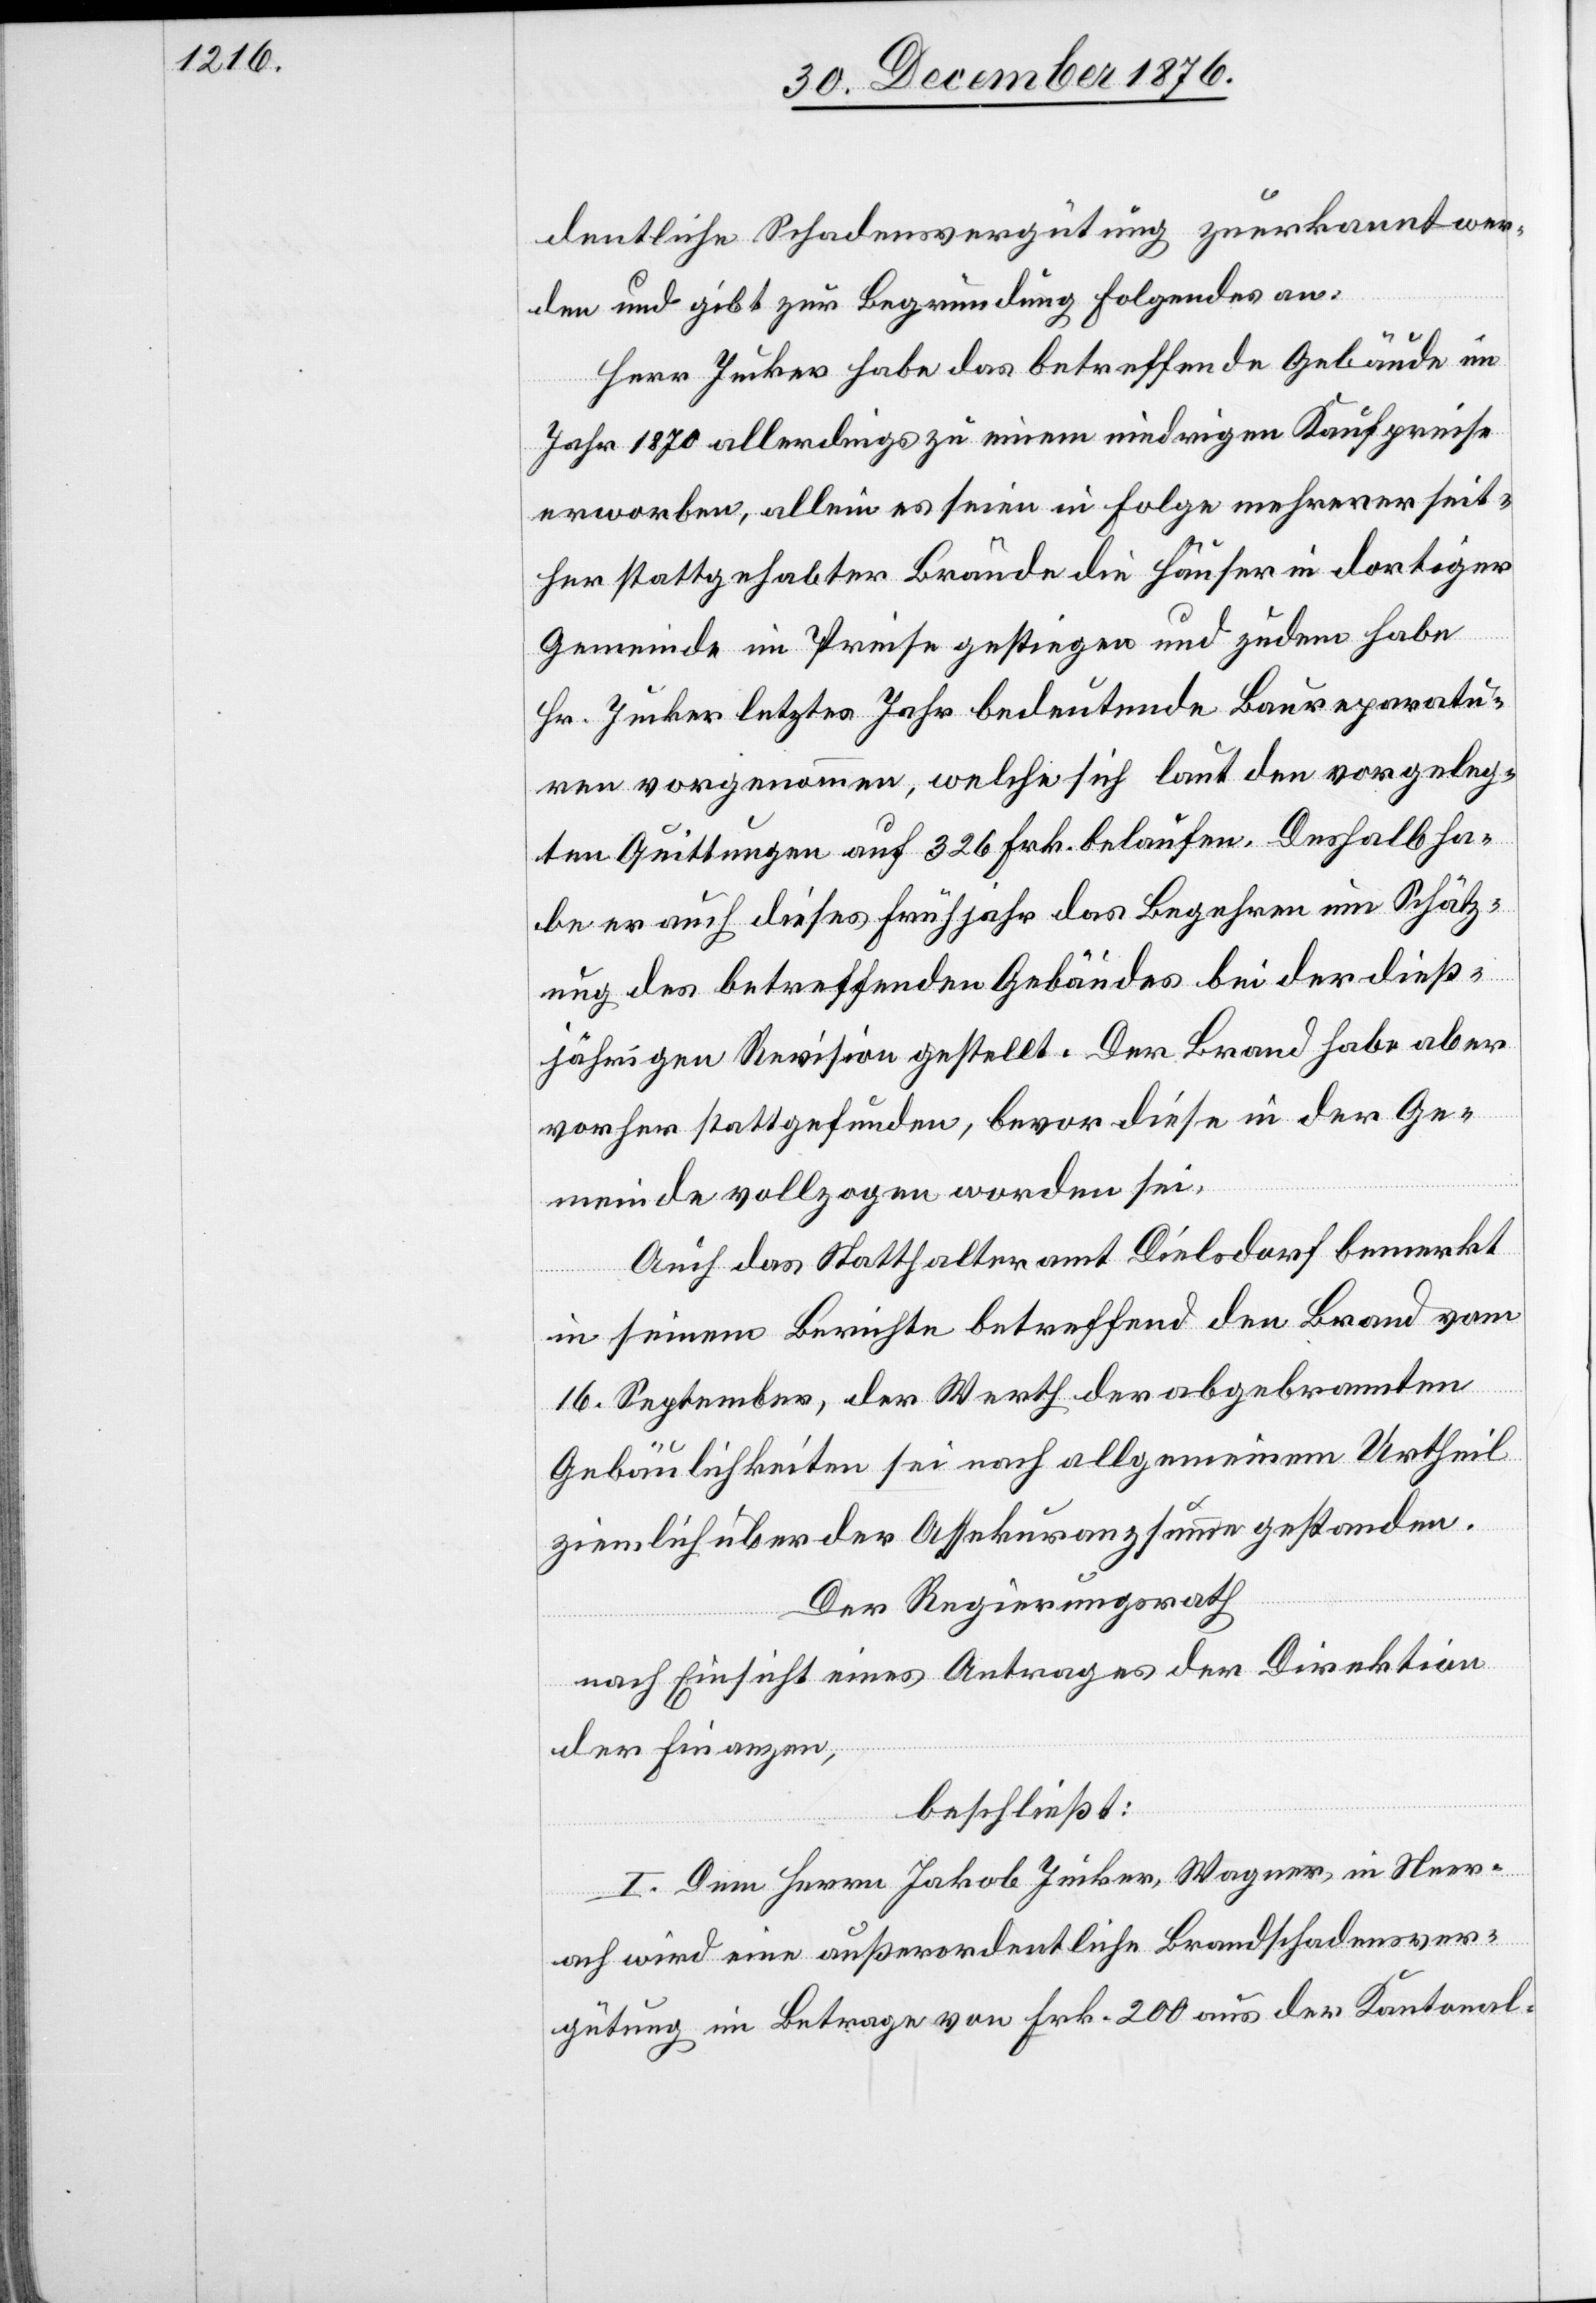
dentliche Schadensvergütung zuerkannt wer¬
den und gibt zur Begründung Folgendes an:
Herr Jucker habe das betreffende Gebäude im
Jahr 1870 allerdings zu einem niedrigen Kaufpreise
erworben, allein es seien in Folge mehrerer seit¬
her stattgehabter Brände die Häuser in dortiger
Gemeinde im Preise gestiegen und zudem habe
Hr. Jucker letztes Jahr bedeutende Baureparatu¬
ren vorgenommen, welche sich laut den vorgeleg¬
ten Quittungen auf 326 Frk. belaufen. Deshalb ha¬
be er auch dieses Frühjahr das Begehren um Schätz¬
ung des betreffenden Gebäudes bei der dieß¬
jährigen Revision gestellt. Der Brand habe aber
vorher stattgefunden, bevor diese in der Ge¬
meinde vollzogen worden sei.
Auch das Statthalteramt Dielsdorf bemerkt
in seinem Berichte betreffend den Brand vom
16. September, der Werth der abgebrannten
Gebäulichkeiten sei nach allgemeinem Urtheil
ziemlich über der Assekuranzsumme gestanden.
Der Regierungsrath,
nach Einsicht eines Antrages der Direktion
der Finanzen,
beschließt:
I. Dem Herrn Jakob Jucker, Wagner, in Neer¬
ach wird eine außerordentliche Brandschadensver¬
gütung im Betrage von Frk. 200 aus der Kantonal-